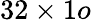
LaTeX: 32\times 1o